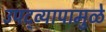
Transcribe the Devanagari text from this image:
उपद्व्यापामुळे